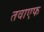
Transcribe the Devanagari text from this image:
तवाएफ